Insane asylums in Bengal annual reports 1876-1887 - 1876-1887
Year: 1876
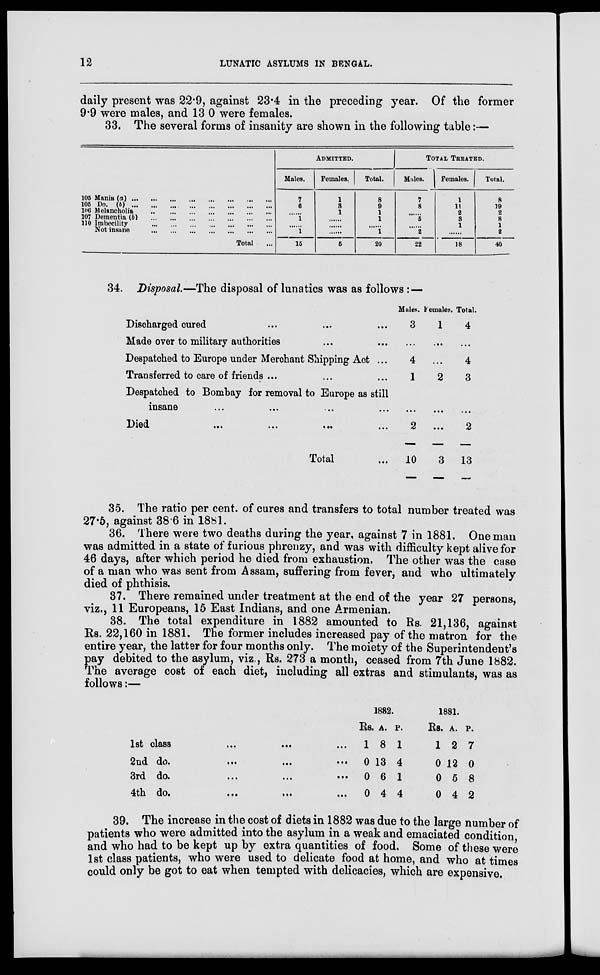
12
LUNATIC ASYLUMS IN BENGAL.
daily present was 22.9, against 23.4 in the preceding year. Of the former
9.9 were males, and 13.0 were females.
33. The several forms of insanity are shown in the following table:—
105 Mania (a) ... ... ... ... ... ... ... ...
105 Do. (b)
...
...
...
...
...
...
...
...
106 Melancholia
...
...
...
...
...
...
...
107 Dementia (b)
...
...
...
...
...
...
...
110 Imbecility
...
...
...
...
...
...
...
Not insane
...
...
...
...
...
...
...
Total ...
ADMITTED.
Males.
7
6
......
1
......
1
15
Females.
1
3
1
......
......
......
6
Total.
8
9
1
1
......
1
20
TOTAL TREATED.
Males.
7
8
......
5
......
2
22
Females.
1
11
2
3
1
......
18
Total.
8
19
2
8
1
2
40
34. Disposal.—The disposal of lunatics was as follows:—
Discharged cured ... ... ...
Made over to military authorities ... ...
Despatched to Europe under Merchant Shipping Act ...
Transferred to care of friends ... ... ...
Despatched to Bombay for removal to Europe as still
insane ... ... ... ...
Died
...
...
...
...
Total ...
Males.
3
...
4
1
...
2
10
Females.
1
...
...
2
...
...
3
Total.
4
...
4
3
...
2
13
35. The ratio per cent. of cures and transfers to total number treated was
27.5, against 38.6 in 1881.
36. There were two deaths during the year, against 7 in 1881. One man
was admitted in a state of furious phrenzy, and was with difficulty kept alive for
46 days, after which period he died from exhaustion. The other was the case
of a man who was sent from Assam, suffering from fever, and who ultimately
died of phthisis.
37. There remained under treatment at the end of the year 27 persons,
viz., 11 Europeans, 15 East Indians, and one Armenian.
38. The total expenditure in 1882 amounted to Rs. 21,136, against
Rs. 22,160 in 1881. The former includes increased pay of the matron for the
entire year, the latter for four months only. The moiety of the Superintendent's
pay debited to the asylum, viz., Rs. 273 a month, ceased from 7th June 1882.
The average cost of each diet, including all extras and stimulants, was as
follows:—
1st class
...
...
...
2nd do.
...
...
...
3rd do.
...
...
...
4th do.
...
...
...
1882.
Rs.
1
0
0
0
A.
8
13
6
4
P.
1
4
1
4
1881.
Rs.
1
0
0
0
A.
2
12
5
4
P.
7
0
8
2
39. The increase in the cost of diets in 1882 was due to the large number of
patients who were admitted into the asylum in a weak and emaciated condition,
and who had to be kept up by extra quantities of food. Some of these were
1st class patients, who were used to delicate food at home, and who at times
could only be got to eat when tempted with delicacies, which are expensive.